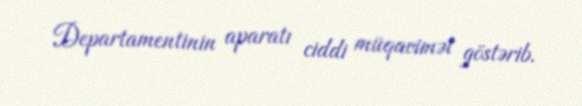
Departamentinin aparatı ciddi müqavimət göstərib.